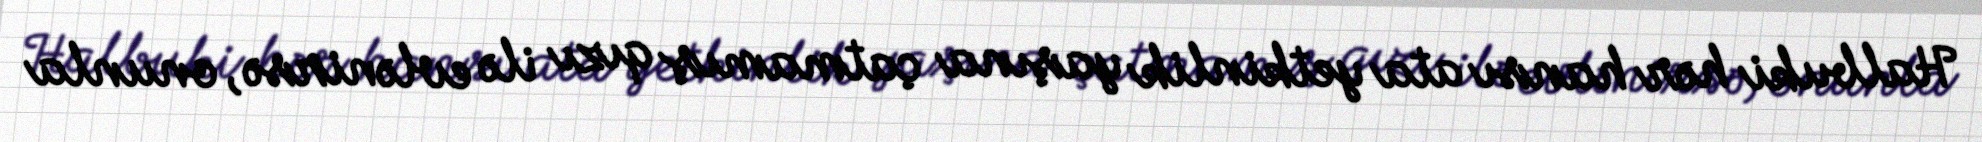
Halbuki hər hansı ata yetkinlik yaşına çatmamış qızı ilə evlənirsə, onunla